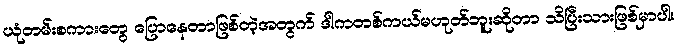
ယုံတမ်းစကားတွေ ပြောနေတာဖြစ်တဲ့အတွက် ဒါကတစ်ကယ်မဟုတ်ဘူးဆိုတာ သိပြီးသားဖြစ်မှာပါ။